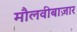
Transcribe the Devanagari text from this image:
मौलवीबाज़ार